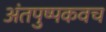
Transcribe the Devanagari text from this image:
अंतपुष्पकवच